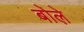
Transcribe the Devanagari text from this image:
बोले़